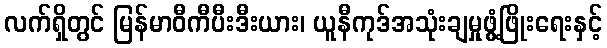
လက်ရှိတွင် မြန်မာဝီကီပီးဒီးယား၊ ယူနီကုဒ်အသုံးချမှုဖွံ့ဖြိုးရေးနှင့်